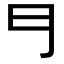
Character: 𠃛